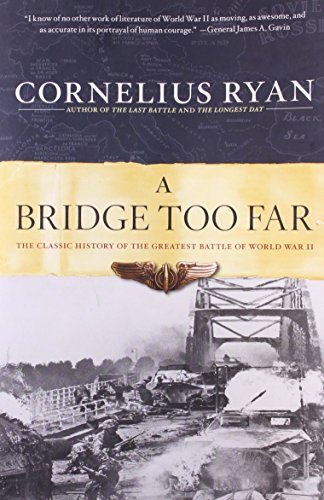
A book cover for A Bridge Too Far: The Classic History of the Greatest Battle of World War II; Cornelius Ryan; History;